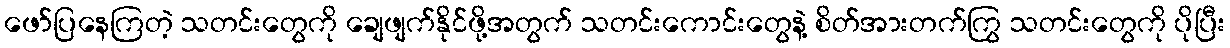
ဖော်ပြနေကြတဲ့ သတင်းတွေကို ချေဖျက်နိုင်ဖို့အတွက် သတင်းကောင်းတွေနဲ့ စိတ်အားတက်ကြွ သတင်းတွေကို ပိုပြီး